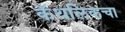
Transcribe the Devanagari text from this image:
कॅथलिकचा